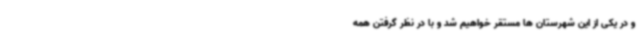
و در یکی از این شهرستان ها مستقر خواهیم شد و با در نظر گرفتن همه